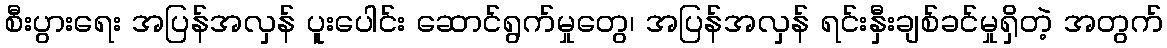
စီးပွားရေး အပြန်အလှန် ပူးပေါင်း ဆောင်ရွက်မှုတွေ၊ အပြန်အလှန် ရင်းနှီးချစ်ခင်မှုရှိတဲ့ အတွက်